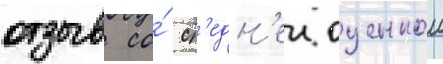
отзыв со́ ср'едн'еи оценкои